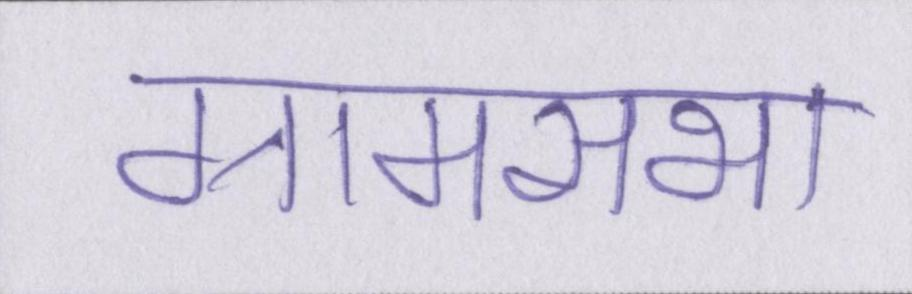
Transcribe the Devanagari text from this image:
ग्रामसभा